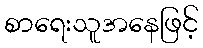
စာရေးသူအနေဖြင့်